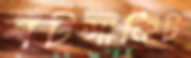
শটসার্কিট